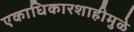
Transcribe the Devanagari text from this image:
एकाधिकारशाहीमुळे